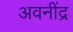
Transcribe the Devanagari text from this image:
अवनींद्र